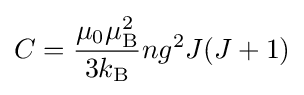
C={\frac {\mu _{0}\mu _{\text{B}}^{2}}{3k_{\rm {B}}}}ng^{2}J(J+1)